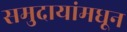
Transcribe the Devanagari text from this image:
समुदायांमधून